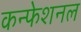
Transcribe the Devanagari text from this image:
कन्फेशनल